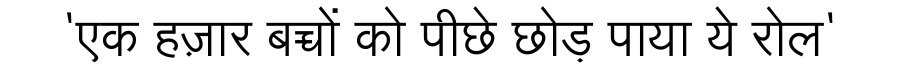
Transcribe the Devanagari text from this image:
'एक हज़ार बच्चों को पीछे छोड़ पाया ये रोल'